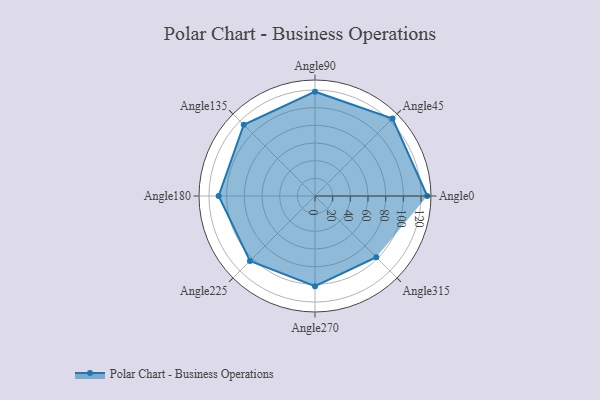
{"axis": {"x": "Angle", "y": "Radius"}, "legend": [""], "data": [{"x": "Angle0", "y": 127.0, "type": ""}, {"x": "Angle45", "y": 124.0, "type": ""}, {"x": "Angle90", "y": 118.0, "type": ""}, {"x": "Angle135", "y": 114.0, "type": ""}, {"x": "Angle180", "y": 109.0, "type": ""}, {"x": "Angle225", "y": 104.0, "type": ""}, {"x": "Angle270", "y": 102.0, "type": ""}, {"x": "Angle315", "y": 98.0, "type": ""}]}